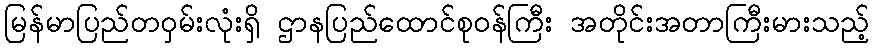
မြန်မာပြည်တဝှမ်းလုံးရှိ ဌာနပြည်ထောင်စုဝန်ကြီး အတိုင်းအတာကြီးမားသည့်